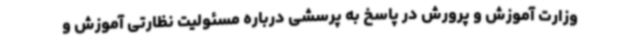
وزارت آموزش و پرورش در پاسخ به پرسشی درباره مسئولیت نظارتی آموزش و